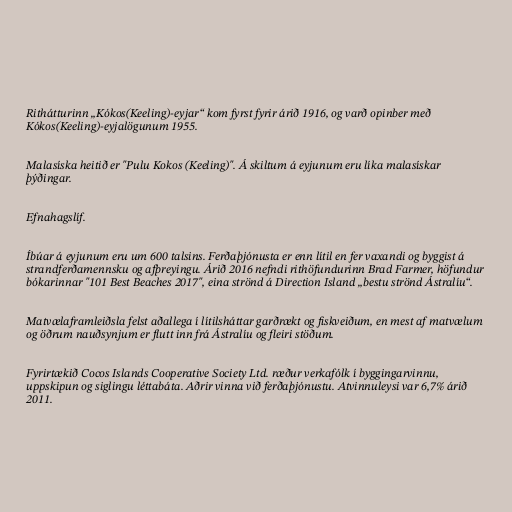
Rithátturinn „Kókos(Keeling)-eyjar“ kom fyrst fyrir árið 1916, og varð opinber með
Kókos(Keeling)-eyjalögunum 1955.

Malasíska heitið er "Pulu Kokos (Keeling)". Á skiltum á eyjunum eru líka malasískar
þýðingar.

Efnahagslíf.

Íbúar á eyjunum eru um 600 talsins. Ferðaþjónusta er enn lítil en fer vaxandi og byggist á
strandferðamennsku og afþreyingu. Árið 2016 nefndi rithöfundurinn Brad Farmer, höfundur
bókarinnar "101 Best Beaches 2017", eina strönd á Direction Island „bestu strönd Ástralíu“.

Matvælaframleiðsla felst aðallega í lítilsháttar garðrækt og fiskveiðum, en mest af matvælum
og öðrum nauðsynjum er flutt inn frá Ástralíu og fleiri stöðum.

Fyrirtækið Cocos Islands Cooperative Society Ltd. ræður verkafólk í byggingarvinnu,
uppskipun og siglingu léttabáta. Aðrir vinna við ferðaþjónustu. Atvinnuleysi var 6,7% árið
2011.